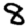
Digit: 8